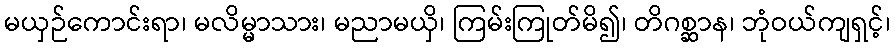
မယှဉ်ကောင်းရာ၊ မလိမ္မာသား၊ မညာမယှိ၊ ကြမ်းကြုတ်မိ၍၊ တိဂစ္ဆာန၊ ဘုံဝယ်ကျရှင့်၊